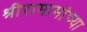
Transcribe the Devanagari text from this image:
श्रीरामामांच्या